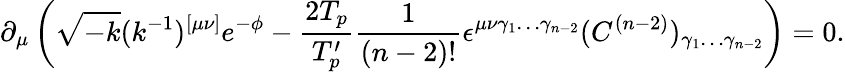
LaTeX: \partial_{\mu}\left(\sqrt{-k}(k^{-1})^{[\mu\nu]}e^{-\phi}-\frac{2T_{p}}{T_{p}^{\prime}}\frac{1}{(n-2)!}\epsilon^{\mu\nu\gamma_{1}\ldots\gamma_{n-2}}(C^{(n-2)})_{\gamma_{1}\ldots\gamma_{n-2}}\right)=0.